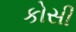
કોસી